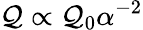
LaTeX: \mathcal{Q}\propto\mathcal{Q}_{0}\alpha^{-2}